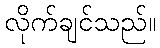
လိုက်ချင်သည်။